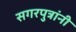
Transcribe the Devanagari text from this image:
सगरपुत्रांनी